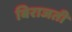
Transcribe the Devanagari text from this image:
बिराजती